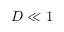
D \ll 1